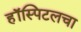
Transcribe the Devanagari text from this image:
हॉस्पिटलचा